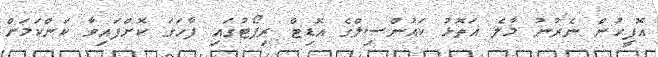
އޮފީހުން ނެރުނު މާލެ އަތޮޅު ކައުންސިލްގެ އޮޑިޓް ރިޕޯޓުގައި ފާހަގަ ކޮށްފައިވާ ކަންކަމަށް